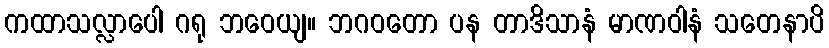
ကထာသလ္လာပေါ ဂရု ဘဝေယျ။ ဘဂဝတော ပန တာဒိသာနံ မာဏဝါနံ သတေနာပိ